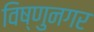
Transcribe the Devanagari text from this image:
विष्णुनगर